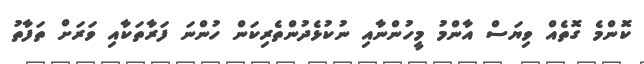
ކޮންމެ ގޮތެއް ވިޔަސް އާންމު މީހުންނާއި ނުކުޅެދުންތެރިކަން ހުންނަ ފަރާތަކާއި ވަރަށް ތަފާތު